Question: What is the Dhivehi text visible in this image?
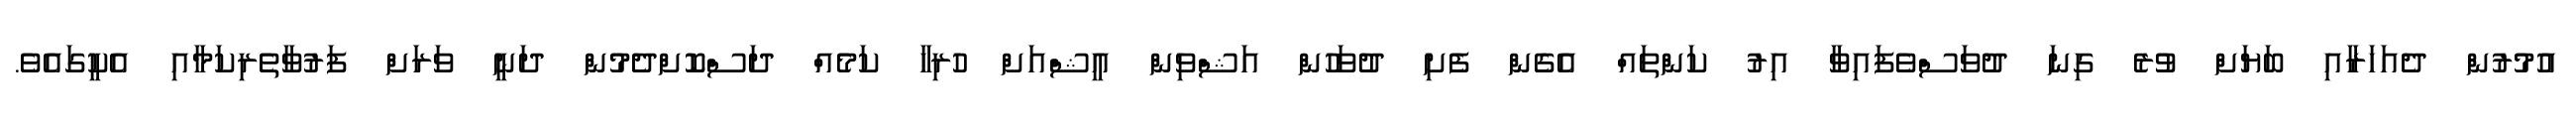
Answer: އުމުރުން ދެއަހަރާއި ބަޔަށް ވުރެ ގިނަ ދުވަސްވެފައިވާ އިރު ކަންތައް އެގެން ފެށި ދުވަހުން އަޝްވިން އީޝްއަށް ހުރިހާ ކަމެއް ދަސްކޮށްދެމުން ދަނީ ވަރަށް ފަރުވާތެރިކަމާއި އެކީގައެވެ.